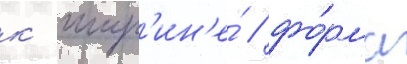
к шир'ин'е́ / фо́рма